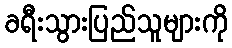
ခရီးသွားပြည်သူများကို